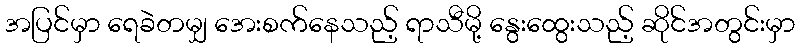
အပြင်မှာ ရေခဲတမျှ အေးစက်နေသည့် ရာသီမို့ နွေးထွေးသည့် ဆိုင်အတွင်းမှာ